38_143685_box_Incident_Summaries_101-172
Agency: Department of War
Page 122
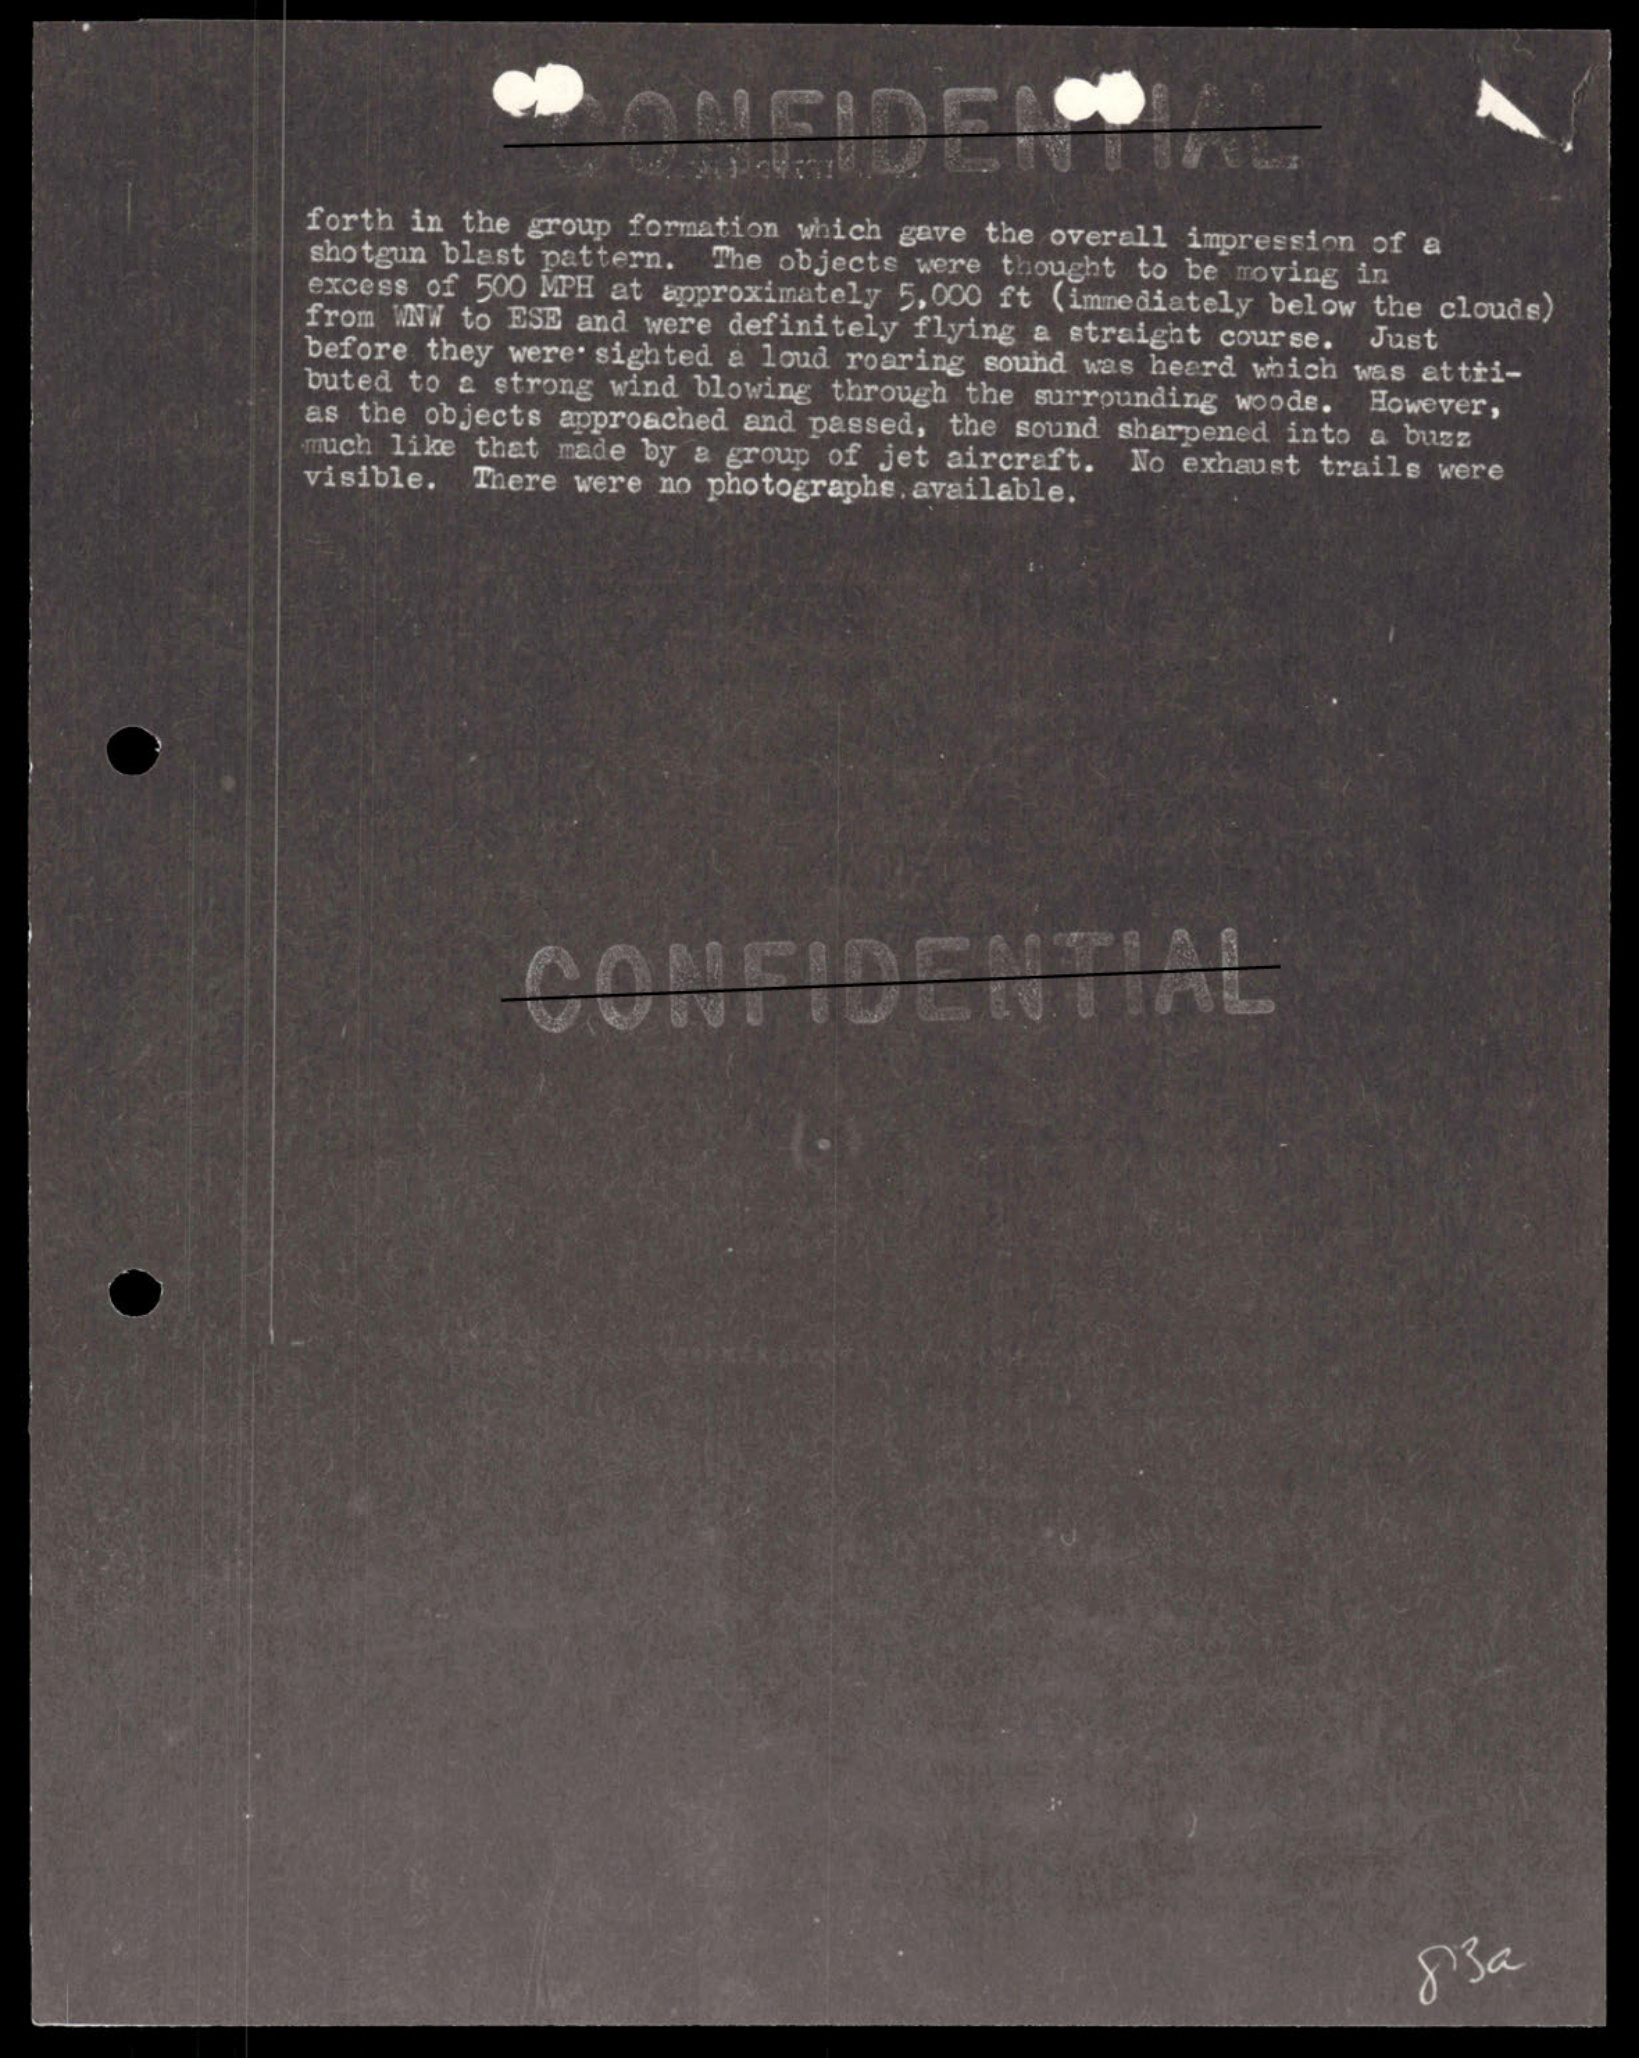